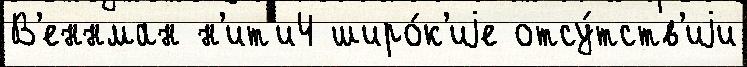
В'еннман н'ит'и4 широ́к'иjе отсу́тств'иjи